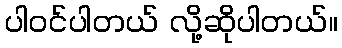
ပါဝင်ပါတယ် လို့ဆိုပါတယ်။